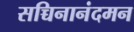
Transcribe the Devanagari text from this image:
सच्चिनानंदमन